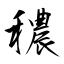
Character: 穠